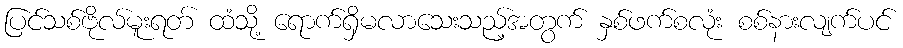
ပြင်သစ်ဗိုလ်မူးရတ် ထံသို့ ရောက်ရှိမလာသေးသည့်အတွက် နှစ်ဖက်စလုံး စစ်နားလျက်ပင်